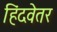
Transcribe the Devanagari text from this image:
हिंदवेतर